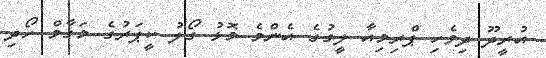
އުރީދޫ ދިވެހި ޕްރިމިއާ ލީގުގެ އެންމެ މޮޅު ގޯލު ކީޕަރުގެ މަގާމް ހޯދި